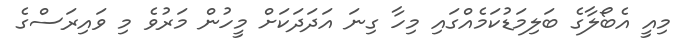
މިއީ އެބޯލާގެ ބަލިމަޑުކަމެއްގައި މިހާ ގިނަ އަދަދަކަށް މީހުން މަރުވެ މި ވައިރަސްގެ